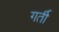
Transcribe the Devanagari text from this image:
गर्ती